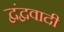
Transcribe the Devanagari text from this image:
द्वंद्ववादी